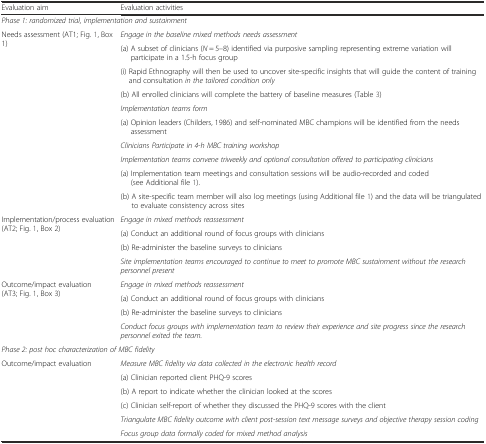
<table><thead><tr><td><b>Evaluation aim</b></td><td><b>Evaluation activities</b></td></tr></thead><tbody><tr><td colspan="2"><i>Phase 1: randomized trial, implementation and sustainment</i></td></tr><tr><td rowspan="10">Needs assessment (AT1; Fig. 1, Box 1)</td><td><i>Engage in the baseline mixed methods needs assessment</i></td></tr><tr><td>(a) A subset of clinicians (<i>N</i> = 5–8) identified via purposive sampling representing extreme variation will participate in a 1.5-h focus group</td></tr><tr><td>(i) Rapid Ethnography will then be used to uncover site-specific insights that will guide the content of training and consultation <i>in the tailored condition only</i></td></tr><tr><td>(b) All enrolled clinicians will complete the battery of baseline measures (Table 3)</td></tr><tr><td><i>Implementation teams form</i></td></tr><tr><td>(a) Opinion leaders (Childers, 1986) and self-nominated MBC champions will be identified from the needs assessment</td></tr><tr><td><i>Clinicians Participate in 4-h MBC training workshop</i></td></tr><tr><td><i>Implementation teams convene triweekly and optional consultation offered to participating clinicians</i></td></tr><tr><td>(a) Implementation team meetings and consultation sessions will be audio-recorded and coded (see Additional file 1).</td></tr><tr><td>(b) A site-specific team member will also log meetings (using Additional file 1) and the data will be triangulated to evaluate consistency across sites</td></tr><tr><td rowspan="4">Implementation/process evaluation (AT2; Fig. 1, Box 2)</td><td><i>Engage in mixed methods reassessment</i></td></tr><tr><td>(a) Conduct an additional round of focus groups with clinicians</td></tr><tr><td>(b) Re-administer the baseline surveys to clinicians</td></tr><tr><td><i>Site implementation teams encouraged to continue to meet to promote MBC sustainment without the research personnel present</i></td></tr><tr><td rowspan="4">Outcome/impact evaluation (AT3; Fig. 1, Box 3)</td><td><i>Engage in mixed methods reassessment</i></td></tr><tr><td>(a) Conduct an additional round of focus groups with clinicians</td></tr><tr><td>(b) Re-administer the baseline surveys to clinicians</td></tr><tr><td><i>Conduct focus groups with implementation team to review their experience and site progress since the research personnel exited the team.</i></td></tr><tr><td colspan="2"><i>Phase 2: post hoc characterization of MBC fidelity</i></td></tr><tr><td rowspan="6">Outcome/impact evaluation</td><td><i>Measure MBC fidelity via data collected in the electronic health record</i></td></tr><tr><td>(a) Clinician reported client PHQ-9 scores</td></tr><tr><td>(b) A report to indicate whether the clinician looked at the scores</td></tr><tr><td>(c) Clinician self-report of whether they discussed the PHQ-9 scores with the client</td></tr><tr><td><i>Triangulate MBC fidelity outcome with client post-session text message surveys and objective therapy session coding</i></td></tr><tr><td><i>Focus group data formally coded for mixed method analysis</i></td></tr></tbody></table>